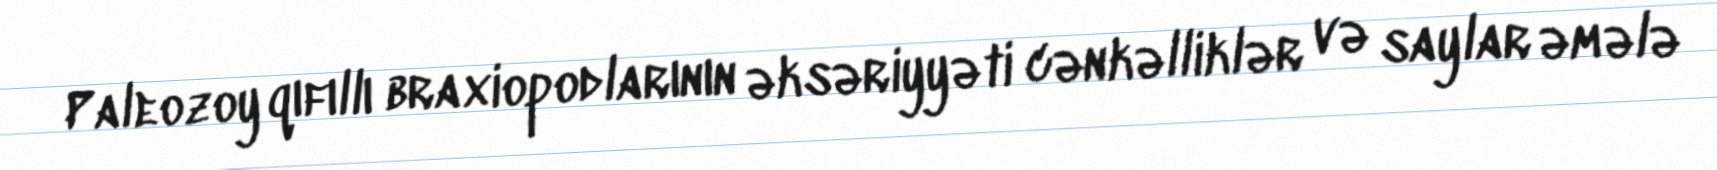
Paleozoy qıfıllı braxiopodlarının əksəriyyəti cənkəlliklər və saylar əmələ